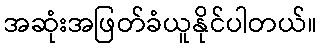
အဆုံးအဖြတ်ခံယူနိုင်ပါတယ်။